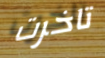
تاخرت